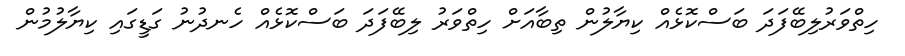
ހިތްވަރުލިބޭފަދަ ބަސްކޮޮޅެއް ކިޔާލުން ތިބާއަށް ހިތްވަރު ލިބޭފަދަ ބަސްކޮޅެއް ހެނދުނު ގަޑީގައި ކިޔާލުމުން